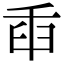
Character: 𦥛